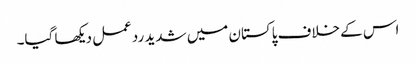
اس کے خلاف پاکستان میں شدید ردعمل دیکھا گیا۔